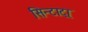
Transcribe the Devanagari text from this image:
सिन्टाट्रा